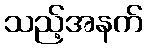
သည့်အနက်